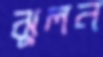
ঝুলন